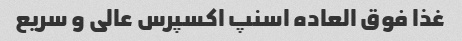
غذا فوق العاده اسنپ اکسپرس عالی و سریع